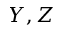
Y , Z